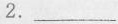
2.___